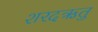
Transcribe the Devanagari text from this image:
शरदऋतु